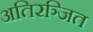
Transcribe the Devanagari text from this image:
अतिरञ्जित